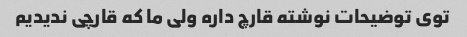
توی توضیحات نوشته قارچ داره ولی ما که قارچی ندیدیم